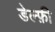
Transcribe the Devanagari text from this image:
डेल्फ़ी